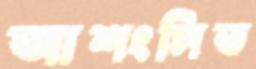
আশংসিত